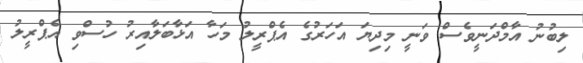
ލިބުނު އާމްދަނީވެސް ވަނީ މިދިޔަ އަހަރުގެ އެޕްރީލު މަހާ އަޅާބަލާއިރު ހުސްވި އެޕްރީލު